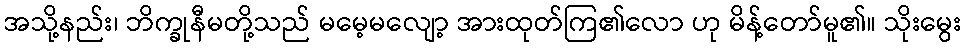
အသို့နည်း၊ ဘိက္ခုနီမတို့သည် မမေ့မလျော့ အားထုတ်ကြ၏လော ဟု မိန့်တော်မူ၏။ သိုးမွေး